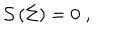
\mathcal { S } \left( \Sigma \right) = 0 \; ,